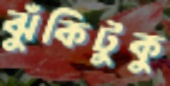
ঝুঁকিটুকু